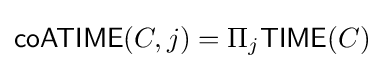
{\mathsf {coATIME}}(C,j)=\Pi _{j}{\mathsf {TIME}}(C)